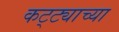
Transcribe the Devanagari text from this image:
कट्ट्याच्या